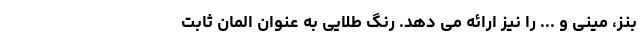
بنز، مینی و ... را نیز ارائه می دهد. رنگ طلایی به عنوان المان ثابت